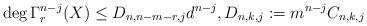
LaTeX: \begin{align*} \deg \Gamma^{n-j}_r(X) \le D_{n,n-m-r,j} d^{n-j}, D_{n,k,j}:=m^{n-j} C_{n,k,j} \end{align*}